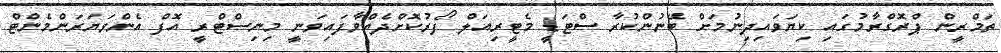
ތަމްރީން ޕްރޮގްރާމުގައި ކިޔަވައިދިނުމަށް ބޭނުންކުރާ ސްޓަޑީ މެޓީރިއަލް ފޯރުކޮށްދެއްވާފައިވަނީ މިނިސްޓްރީ އޮފް އެންވަޔަރަންމެންޓް